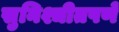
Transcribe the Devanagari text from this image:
सुनिश्चीतपणे